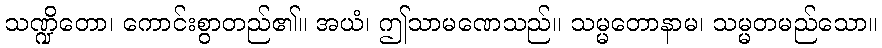
သဏ္ဍိတော၊ ကောင်းစွာတည်၏။ အယံ၊ ဤသာမဏေသည်။ သမ္မတောနာမ၊ သမ္မတမည်သော။